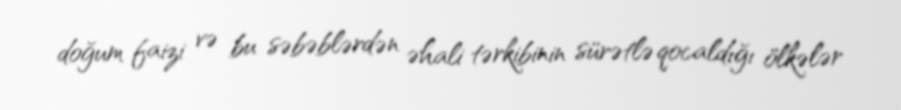
doğum faizi və bu səbəblərdən əhali tərkibinin sürətlə qocaldığı ölkələr